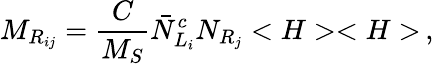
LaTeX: M_{R_{ij}}={\frac{C}{M_{S}}}{\bar{N}}_{L_{i}}^{c}N_{R_{j}}<H><H>\, ,